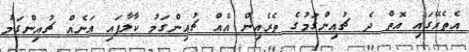
އެތެރޭގައި އޮތް ދެ ޗުއިންގަމުގެ ތެރެއިން އެއް ޗުއިންގަމު ކާލާފައި އަނެއް ޗުއިންގަމު